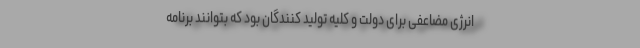
انرژی مضاعفی برای دولت و کلیه تولید کنندگان بود که بتوانند برنامه